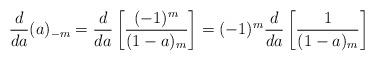
LaTeX: \begin{align*}\frac{d}{d a} (a)_{-m} = \frac{d}{d a} \left[\frac{(-1)^{ m}}{(1-a)_{ m}}\right] = (-1)^{ m} \frac{d}{d a} \left[\frac{1}{(1-a)_m}\right] \end{align*}